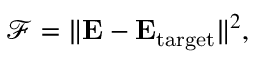
\begin{array} { r } { \mathcal { F } = \| \mathbf { E } - \mathbf { E } _ { \mathrm { t a r g e t } } \| ^ { 2 } , } \end{array}